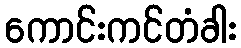
ကောင်းကင်တံခါး